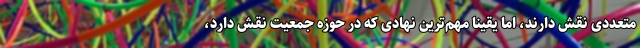
متعددی نقش دارند، اما یقیناً مهم‌ترین نهادی که در حوزه جمعیت نقش دارد،